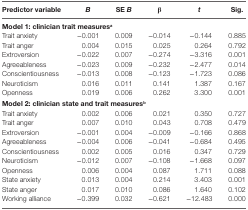
<table><thead><tr><td><b>Predictor variable</b></td><td><b><i>B</i></b></td><td><b>SE <i>B</i></b></td><td><b>β</b></td><td><b><i>t</i></b></td><td><b>Sig.</b></td></tr></thead><tbody><tr><td colspan="6"><b>Model 1: clinician trait measures<sup>a</sup></b></td></tr><tr><td>Trait anxiety</td><td>−0.001</td><td>0.009</td><td>−0.014</td><td>−0.144</td><td>0.885</td></tr><tr><td>Trait anger</td><td>0.004</td><td>0.015</td><td>0.025</td><td>0.264</td><td>0.792</td></tr><tr><td>Extroversion</td><td>−0.022</td><td>0.007</td><td>−0.274</td><td>−3.316</td><td>0.001</td></tr><tr><td>Agreeableness</td><td>−0.023</td><td>0.009</td><td>−0.232</td><td>−2.477</td><td>0.014</td></tr><tr><td>Conscientiousness</td><td>−0.013</td><td>0.008</td><td>−0.123</td><td>−1.723</td><td>0.086</td></tr><tr><td>Neuroticism</td><td>0.016</td><td>0.011</td><td>0.141</td><td>1.387</td><td>0.167</td></tr><tr><td>Openness</td><td>0.019</td><td>0.006</td><td>0.262</td><td>3.300</td><td>0.001</td></tr><tr><td colspan="6"><b>Model 2: clinician state and trait measures<sup>b</sup></b></td></tr><tr><td>Trait anxiety</td><td>0.002</td><td>0.006</td><td>0.021</td><td>0.350</td><td>0.727</td></tr><tr><td>Trait anger</td><td>0.007</td><td>0.010</td><td>0.043</td><td>0.708</td><td>0.479</td></tr><tr><td>Extroversion</td><td>−0.001</td><td>0.004</td><td>−0.009</td><td>−0.166</td><td>0.868</td></tr><tr><td>Agreeableness</td><td>−0.004</td><td>0.006</td><td>−0.041</td><td>−0.684</td><td>0.495</td></tr><tr><td>Conscientiousness</td><td>0.002</td><td>0.005</td><td>0.016</td><td>0.347</td><td>0.729</td></tr><tr><td>Neuroticism</td><td>−0.012</td><td>0.007</td><td>−0.108</td><td>−1.668</td><td>0.097</td></tr><tr><td>Openness</td><td>0.006</td><td>0.004</td><td>0.087</td><td>1.711</td><td>0.088</td></tr><tr><td>State anxiety</td><td>0.013</td><td>0.004</td><td>0.214</td><td>3.403</td><td>0.001</td></tr><tr><td>State anger</td><td>0.017</td><td>0.010</td><td>0.086</td><td>1.640</td><td>0.102</td></tr><tr><td>Working alliance</td><td>−0.399</td><td>0.032</td><td>−0.621</td><td>−12.483</td><td>0.000</td></tr></tbody></table>